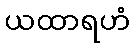
ယထာရဟံ